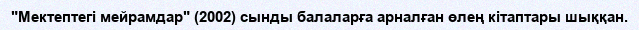
"Мектептегі мейрамдар" (2002) сынды балаларға арналған өлең кітаптары шыққан.